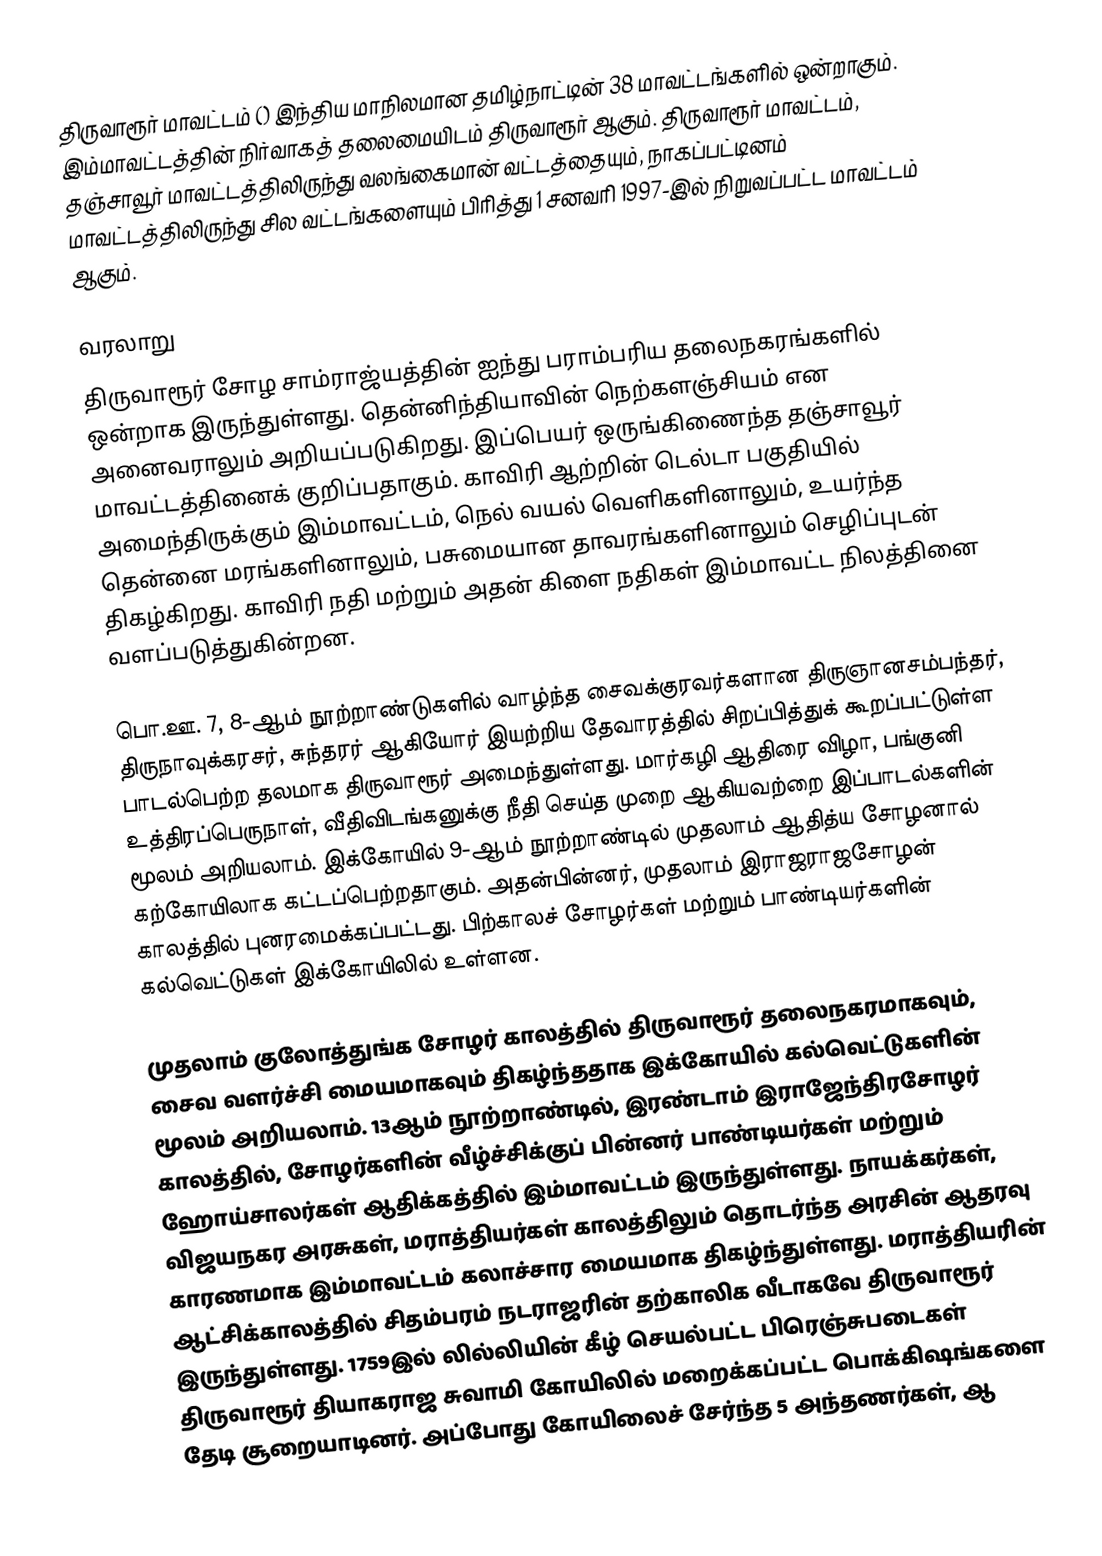
திருவாரூர் மாவட்டம் () இந்திய மாநிலமான தமிழ்நாட்டின் 38 மாவட்டங்களில் ஒன்றாகும். இம்மாவட்டத்தின் நிர்வாகத் தலைமையிடம் திருவாரூர் ஆகும். திருவாரூர் மாவட்டம், தஞ்சாவூர் மாவட்டத்திலிருந்து வலங்கைமான் வட்டத்தையும், நாகப்பட்டினம் மாவட்டத்திலிருந்து சில வட்டங்களையும் பிரித்து 1 சனவரி 1997-இல் நிறுவப்பட்ட மாவட்டம் ஆகும்.

வரலாறு
திருவாரூர் சோழ சாம்ராஜ்யத்தின் ஐந்து பராம்பரிய தலைநகரங்களில் ஒன்றாக இருந்துள்ளது. தென்னிந்தியாவின் நெற்களஞ்சியம் என அனைவராலும் அறியப்படுகிறது. இப்பெயர் ஒருங்கிணைந்த தஞ்சாவூர் மாவட்டத்தினைக் குறிப்பதாகும். காவிரி ஆற்றின் டெல்டா பகுதியில் அமைந்திருக்கும் இம்மாவட்டம், நெல் வயல் வெளிகளினாலும், உயர்ந்த தென்னை மரங்களினாலும், பசுமையான தாவரங்களினாலும் செழிப்புடன் திகழ்கிறது. காவிரி நதி மற்றும் அதன் கிளை நதிகள் இம்மாவட்ட நிலத்தினை வளப்படுத்துகின்றன.

பொ.ஊ. 7, 8-ஆம் நூற்றாண்டுகளில் வாழ்ந்த சைவக்குரவர்களான திருஞானசம்பந்தர், திருநாவுக்கரசர், சுந்தரர் ஆகியோர் இயற்றிய தேவாரத்தில் சிறப்பித்துக் கூறப்பட்டுள்ள பாடல்பெற்ற தலமாக திருவாரூர் அமைந்துள்ளது. மார்கழி ஆதிரை விழா, பங்குனி உத்திரப்பெருநாள், வீதிவிடங்கனுக்கு நீதி செய்த முறை ஆகியவற்றை இப்பாடல்களின் மூலம் அறியலாம். இக்கோயில் 9-ஆம் நூற்றாண்டில் முதலாம் ஆதித்ய சோழனால் கற்கோயிலாக கட்டப்பெற்றதாகும். அதன்பின்னர், முதலாம் இராஜராஜசோழன் காலத்தில் புனரமைக்கப்பட்டது. பிற்காலச் சோழர்கள் மற்றும் பாண்டியர்களின் கல்வெட்டுகள் இக்கோயிலில் உள்ளன.

முதலாம் குலோத்துங்க சோழர் காலத்தில் திருவாரூர் தலைநகரமாகவும், சைவ வளர்ச்சி மையமாகவும் திகழ்ந்ததாக இக்கோயில் கல்வெட்டுகளின் மூலம் அறியலாம். 13ஆம் நூற்றாண்டில், இரண்டாம் இராஜேந்திரசோழர் காலத்தில், சோழர்களின் வீழ்ச்சிக்குப் பின்னர் பாண்டியர்கள் மற்றும் ஹோய்சாலர்கள் ஆதிக்கத்தில் இம்மாவட்டம் இருந்துள்ளது. நாயக்கர்கள், விஜயநகர அரசுகள், மராத்தியர்கள் காலத்திலும் தொடர்ந்த அரசின் ஆதரவு காரணமாக இம்மாவட்டம் கலாச்சார மையமாக திகழ்ந்துள்ளது. மராத்தியரின் ஆட்சிக்காலத்தில் சிதம்பரம் நடராஜரின் தற்காலிக வீடாகவே திருவாரூர் இருந்துள்ளது. 1759இல் லில்லியின் கீழ் செயல்பட்ட பிரெஞ்சுபடைகள் திருவாரூர் தியாகராஜ சுவாமி கோயிலில் மறைக்கப்பட்ட பொக்கிஷங்களை தேடி சூறையாடினர். அப்போது கோயிலைச் சேர்ந்த 5 அந்தணர்கள், ஆ